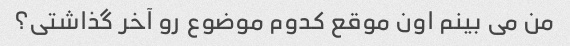
من می بینم اون موقع کدوم موضوع رو آخر گذاشتی؟